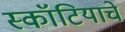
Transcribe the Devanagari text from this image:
स्कॉटियाचे